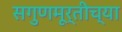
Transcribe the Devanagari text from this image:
सगुणमूर्तीच्या